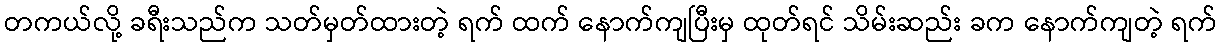
တကယ်လို့ ခရီးသည်က သတ်မှတ်ထားတဲ့ ရက် ထက် နောက်ကျပြီးမှ ထုတ်ရင် သိမ်းဆည်း ခက နောက်ကျတဲ့ ရက်